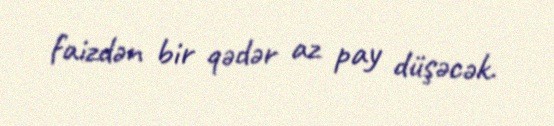
faizdən bir qədər az pay düşəcək.